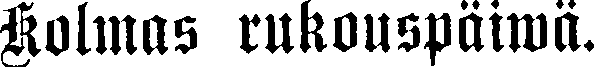
Kolmas rukouspäiwä.